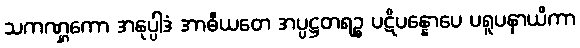
သကဏ္ဋကော အနုပ္ပါဒံ အာဓီယတေ အပ္ပဋ္ဌတရဉ္စ ပဋိပန္နောပေ ပရူပနာယိကာ